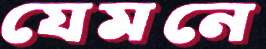
যেমনে